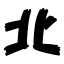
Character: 北